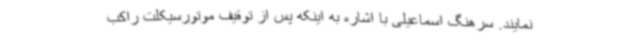
نمایند. سرهنگ اسماعیلی با اشاره به اینکه پس از توقیف موتورسیکلت راکب